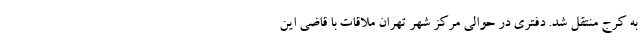
به کرج منتقل شد. دفتری در حوالی مرکز شهر تهران ملاقات با قاضی این